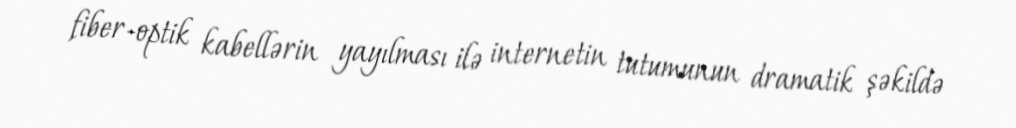
fiber-optik kabellərin yayılması ilə internetin tutumunun dramatik şəkildə